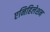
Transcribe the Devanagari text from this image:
एनिहिलेशन